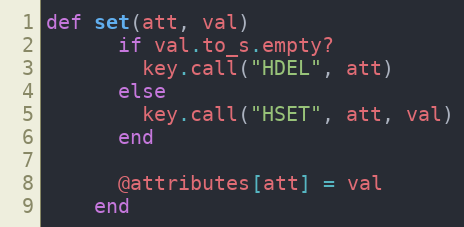
Language: Ruby
def set(att, val)
      if val.to_s.empty?
        key.call("HDEL", att)
      else
        key.call("HSET", att, val)
      end

      @attributes[att] = val
    end